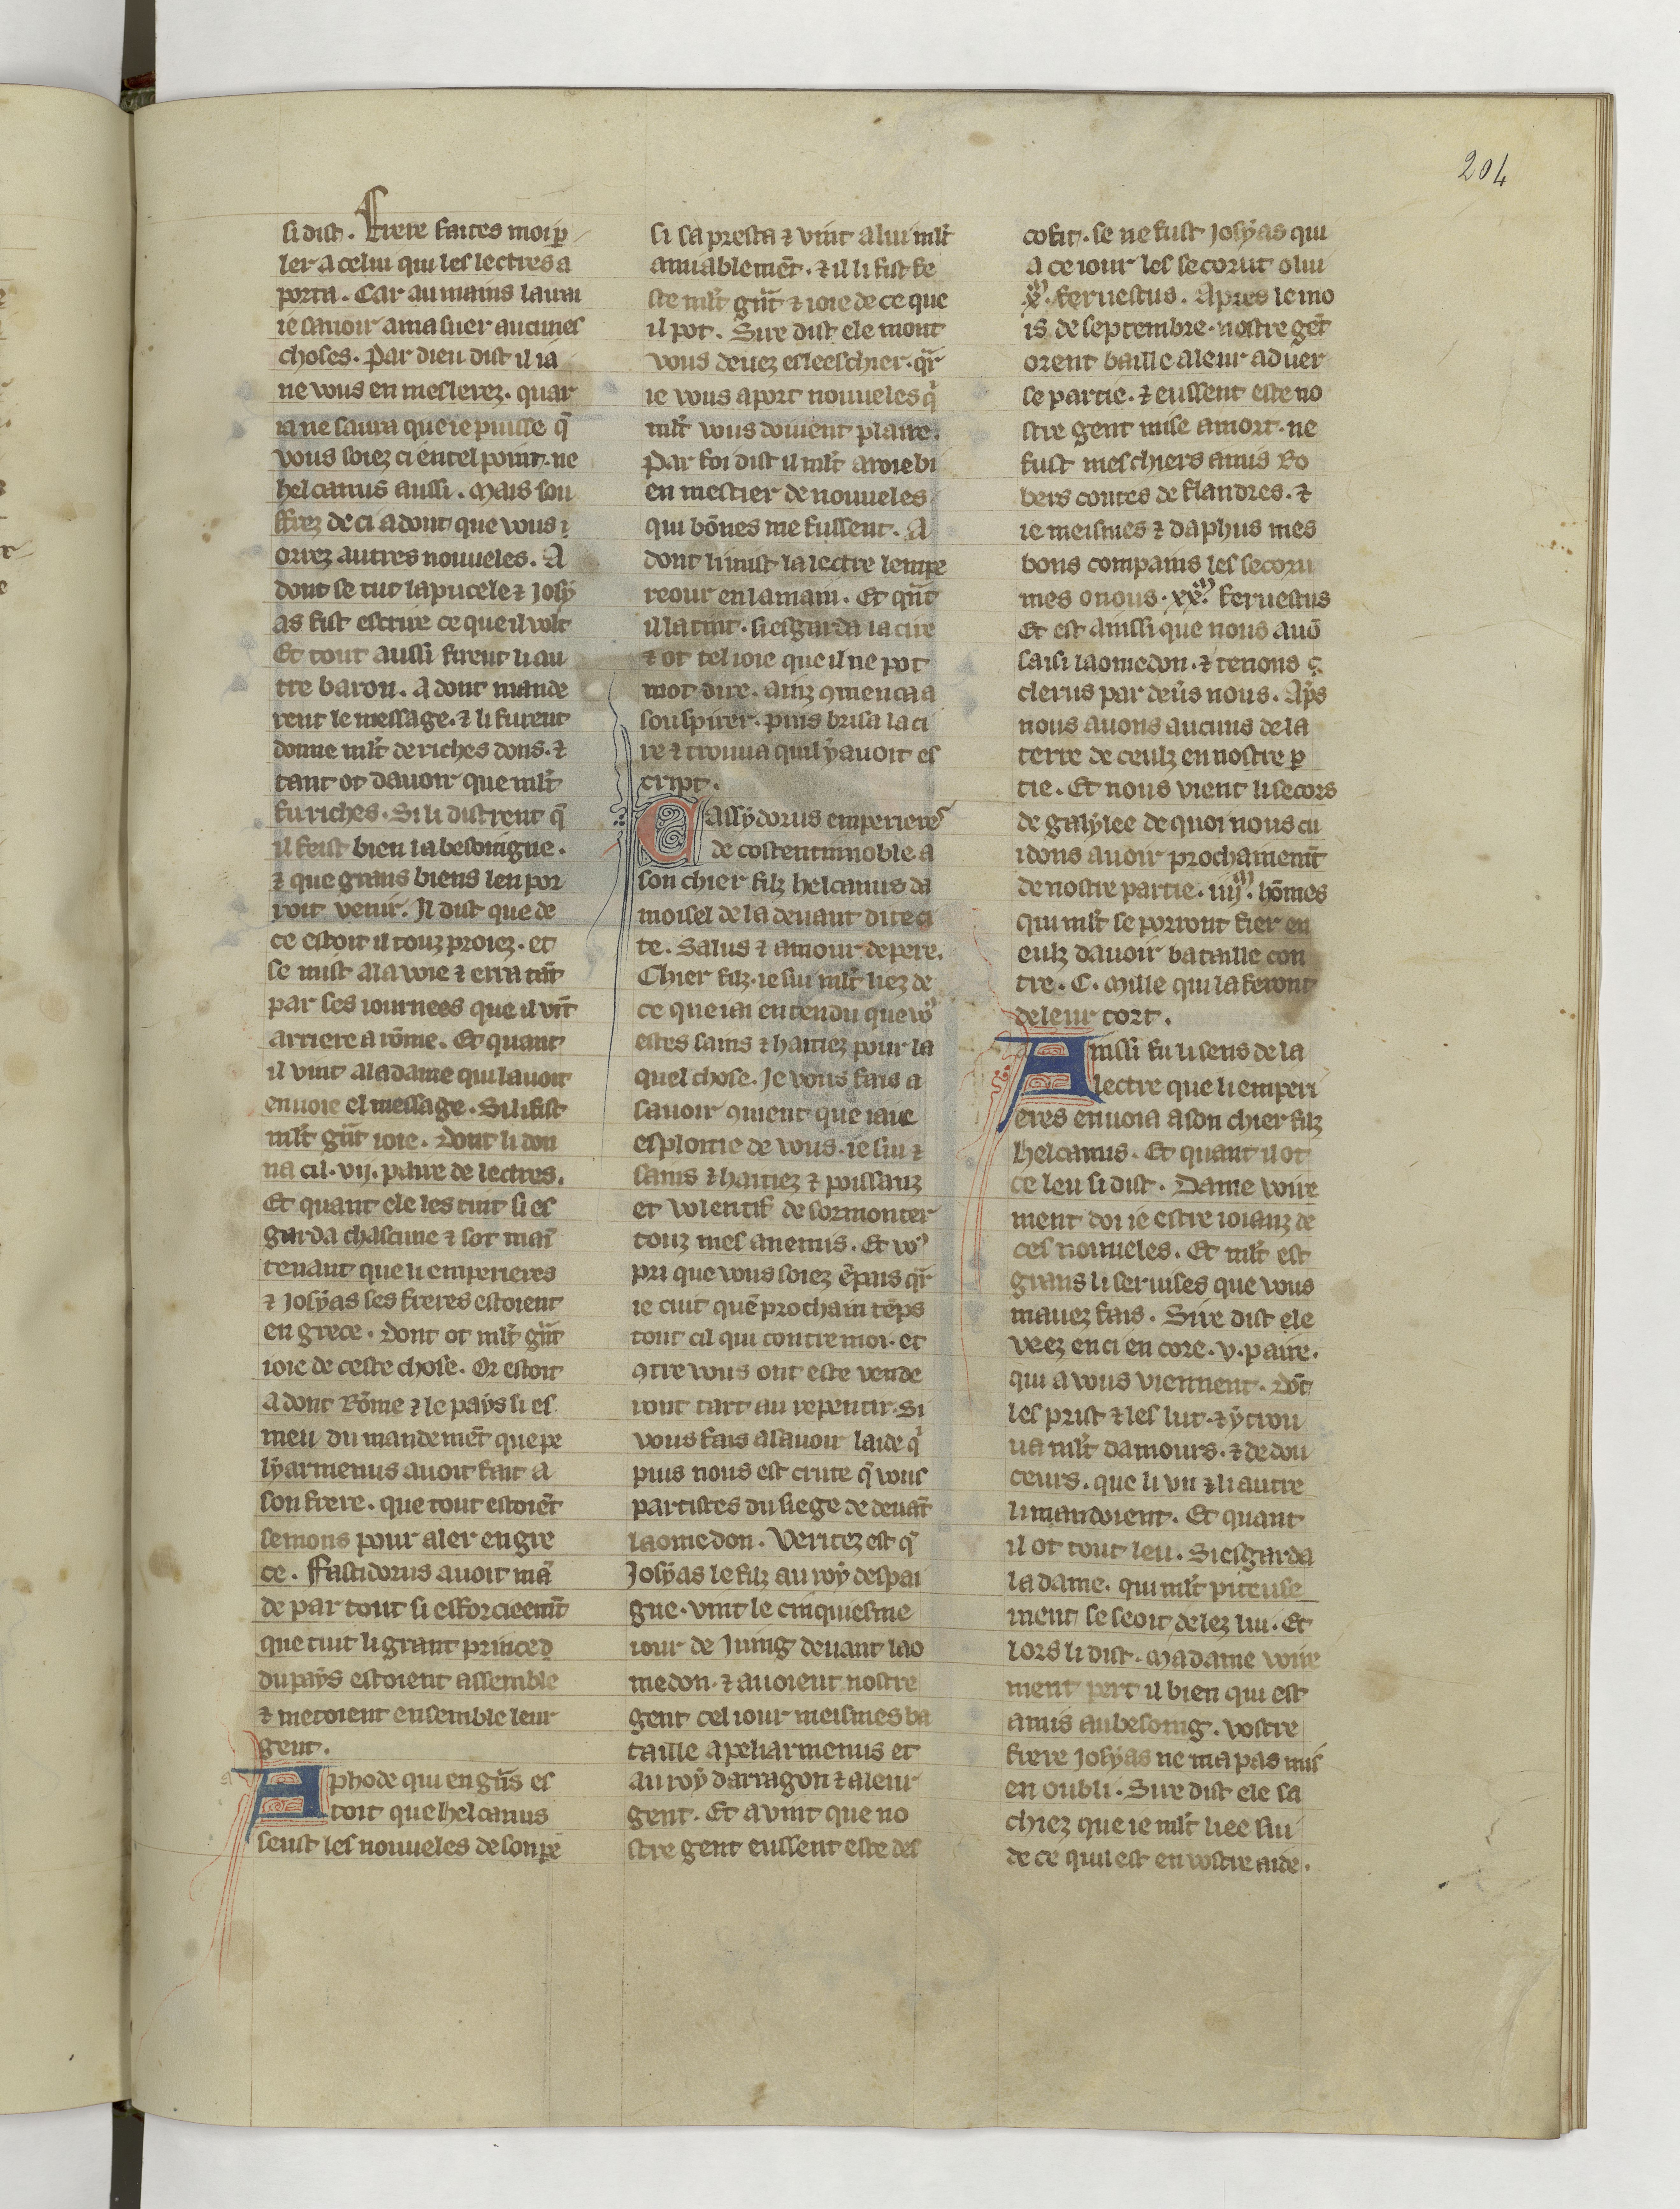
Shelfmark: Paris, BnF, fr. 22549
Century: 14